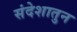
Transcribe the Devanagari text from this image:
संदेशातुन